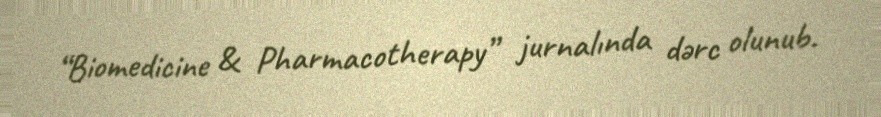
“Biomedicine & Pharmacotherapy” jurnalında dərc olunub.